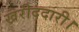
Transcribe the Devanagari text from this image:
खरीददारी।